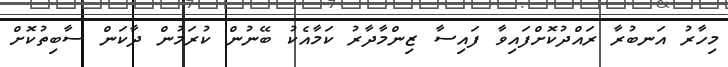
މިހާރު އަނބުރާ ރައްދުކޮށްފައިވާ ފައިސާ ޒިންމާދާރު ކަމާއެކު ބޭނުން ކުރަމުން ދާކަން ސާބިތުކޮށް